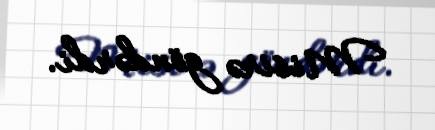
Misirə göndərdi.